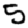
Digit: 5